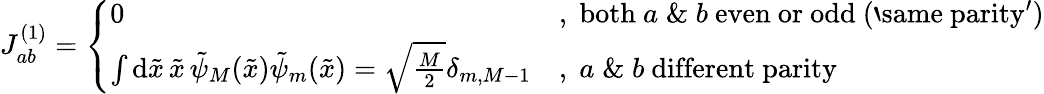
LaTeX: \begin{array}{r}{J_{ab}^{(1)}=\left\{ \begin{array}{ll}{0}&{,\; \mathrm{both~}a\; \& \; b\mathrm{~even~or~odd~(`same~parity')}}\\ {\int\mathrm{d}\tilde{x}\, \tilde{x}\, \tilde{\psi}_{M}(\tilde{x})\tilde{\psi}_{m}(\tilde{x})=\sqrt{\frac{M}{2}}\delta_{m,M-1}}&{,\; a\; \& \; b\mathrm{~different~parity~}}\end{array}\right.}\end{array}